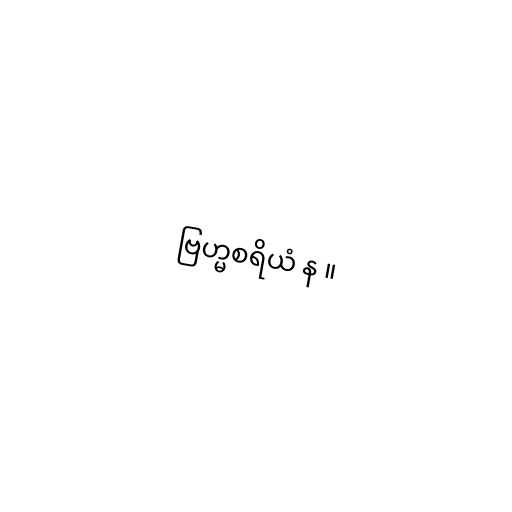
ဗြဟ္မစရိယံ န ။